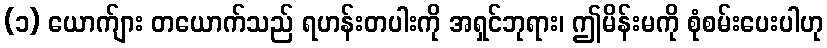
(၁) ယောက်ျား တယောက်သည် ရဟန်းတပါးကို အရှင်ဘုရား၊ ဤမိန်းမကို စုံစမ်းပေးပါဟု